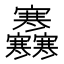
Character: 𡬜